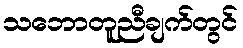
သဘောတူညီချက်တွင်